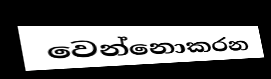
වෙන්නොකරන